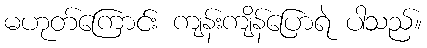
မဟုတ်ကြောင်း ကျန်းကျိန်ပြောရဲ ပါသည်။